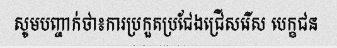
សូមបញ្ចាក់ថា៖ការប្រកួតប្រជែងជ្រើសរើស បេក្ខជន